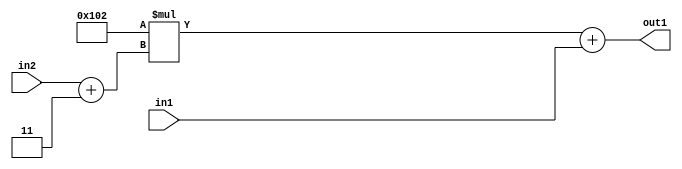
`timescale 1ps / 1ps
/*****************************************************************************
    Verilog RTL Description
    
    
    Created by: Stratus DpOpt 2019.1.01 
*******************************************************************************/

module DC_Filter_Add2u9Mul2i258Add2i3u2_1 (
	in2,
	in1,
	out1
	); /* architecture "behavioural" */ 
input [1:0] in2;
input [8:0] in1;
output [11:0] out1;
wire [11:0] asc001;
wire [2:0] asc002;

assign asc002 = 
	+(in2)
	+(3'B011);

wire [11:0] asc001_tmp_0;
assign asc001_tmp_0 = 
	+(12'B000100000010 * asc002);
assign asc001 = asc001_tmp_0
	+(in1);

assign out1 = asc001;
endmodule

/* CADENCE  uLb4TQw= : u9/ySgnWtBlWxVPRXgAZ4Og= ** DO NOT EDIT THIS LINE ******/